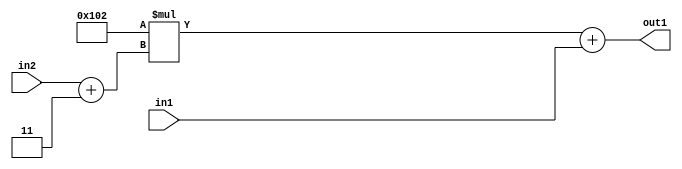
`timescale 1ps / 1ps
/*****************************************************************************
    Verilog RTL Description
    
    
    Created by: Stratus DpOpt 2019.1.01 
*******************************************************************************/

module DC_Filter_Add2u9Mul2i258Add2i3u2_1 (
	in2,
	in1,
	out1
	); /* architecture "behavioural" */ 
input [1:0] in2;
input [8:0] in1;
output [11:0] out1;
wire [11:0] asc001;
wire [2:0] asc002;

assign asc002 = 
	+(in2)
	+(3'B011);

wire [11:0] asc001_tmp_0;
assign asc001_tmp_0 = 
	+(12'B000100000010 * asc002);
assign asc001 = asc001_tmp_0
	+(in1);

assign out1 = asc001;
endmodule

/* CADENCE  uLb4TQw= : u9/ySgnWtBlWxVPRXgAZ4Og= ** DO NOT EDIT THIS LINE ******/